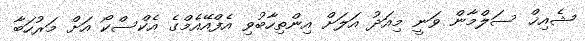
ޝެއިޚް ސަލްމާން ވަނީ މިއަދު އަލަށް އިންތިހާބުވި އެފްއޭއެމްގެ އެކްސްކޯ އަށް މަރުހަބާ